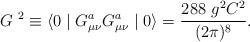
LaTeX: \begin{align*}G\ ^2\equiv \langle 0\mid G_{\mu \nu }^aG_{\mu \nu }^a\mid0\rangle =\frac{ 288\ g^2C^2}{(2\pi)^8}.\end{align*}